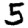
Digit: 5